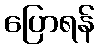
ပြောရန်